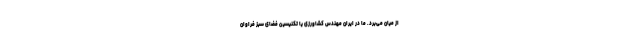
از میان می‌برد. ما در ایران مهندس کشاورزی یا تکنیسین فضای سبز فراوان